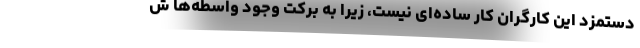
دستمزد این کارگران کار ساده‌ای نیست، زیرا به برکت وجود واسطه‌ها ش